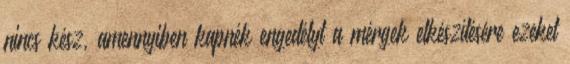
nincs kész, amennyiben kapnék engedélyt a mérgek elkészítésére ezeket